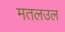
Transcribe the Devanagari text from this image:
मतलउल